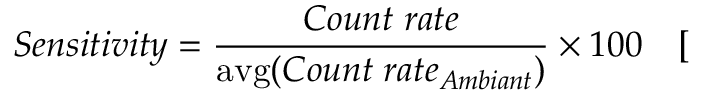
\centering S e n s i t i v i t y = \frac { C o u n t \; r a t e } { { \mathrm { a v g } ( C o u n t \; r a t e _ { A m b i a n t } ) } } \times 1 0 0 \quad [ \